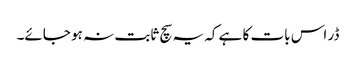
ڈر اس بات کا ہے کہ یہ سچ ثابت نہ ہو جائے۔